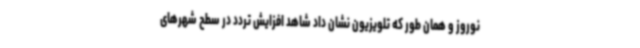
نوروز و همان طور که تلویزیون نشان داد شاهد افزایش تردد در سطح شهرهای